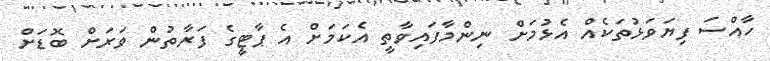
ހާއްސަ ފިޔަވަޅުތަކެއް އެޅުމަށް ނިންމާފައިވާތީ އެކަމަށް އެ ޕާޓީގެ ފަރާތުން ވަރަށް ބޮޑަށް